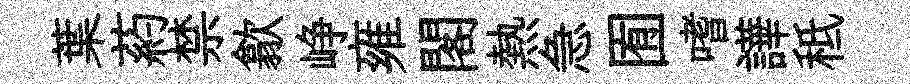
葉葯禁歙峥雍閣熱急囿嗜譁秪